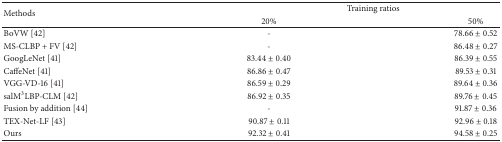
| <ROWSPAN=2> Methods | <COLSPAN=2> Training ratios |
 | 20% | 50% |
 | --- | --- | --- |
 | BoVW [42] | - | 78.66 ± 0.52 |
 | MS-CLBP + FV [42] | - | 86.48 ± 0.27 |
 | GoogLeNet [41] | 83.44 ± 0.40 | 86.39 ± 0.55 |
 | CaffeNet [41] | 86.86 ± 0.47 | 89.53 ± 0.31 |
 | VGG-VD-16 [41] | 86.59 ± 0.29 | 89.64 ± 0.36 |
 | salM3LBP-CLM [42] | 86.92 ± 0.35 | 89.76 ± 0.45 |
 | Fusion by addition [44] | - | 91.87 ± 0.36 |
 | TEX-Net-LF [43] | 90.87 ± 0.11 | 92.96 ± 0.18 |
 | Ours | 92.32 ± 0.41 | 94.58 ± 0.25 |